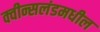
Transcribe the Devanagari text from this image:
क्वीन्सलंडमधील